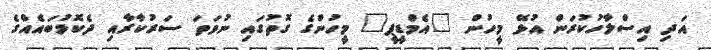
އަދި އިސްލާހުކުރަން އުޅޭ މީހުން "އެމްޑީޕީ" މީހުންގެ ގޮތުގައި ނުވަތަ ސަރުކާރާއި ދެކޮޅުބައެއްގެ